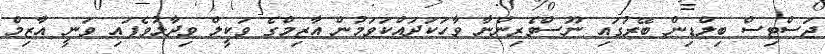
ޖަސްޓިސް ބިލްޑިން ބޭރުގައި ނޫސްވެރިންނާ ވާހަކަދައްކަވަމުން އާޒިމްގެ ވަކީލް ވިދާޅުވެފައި ވަނީ އާޒިމް